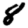
Digit: 8